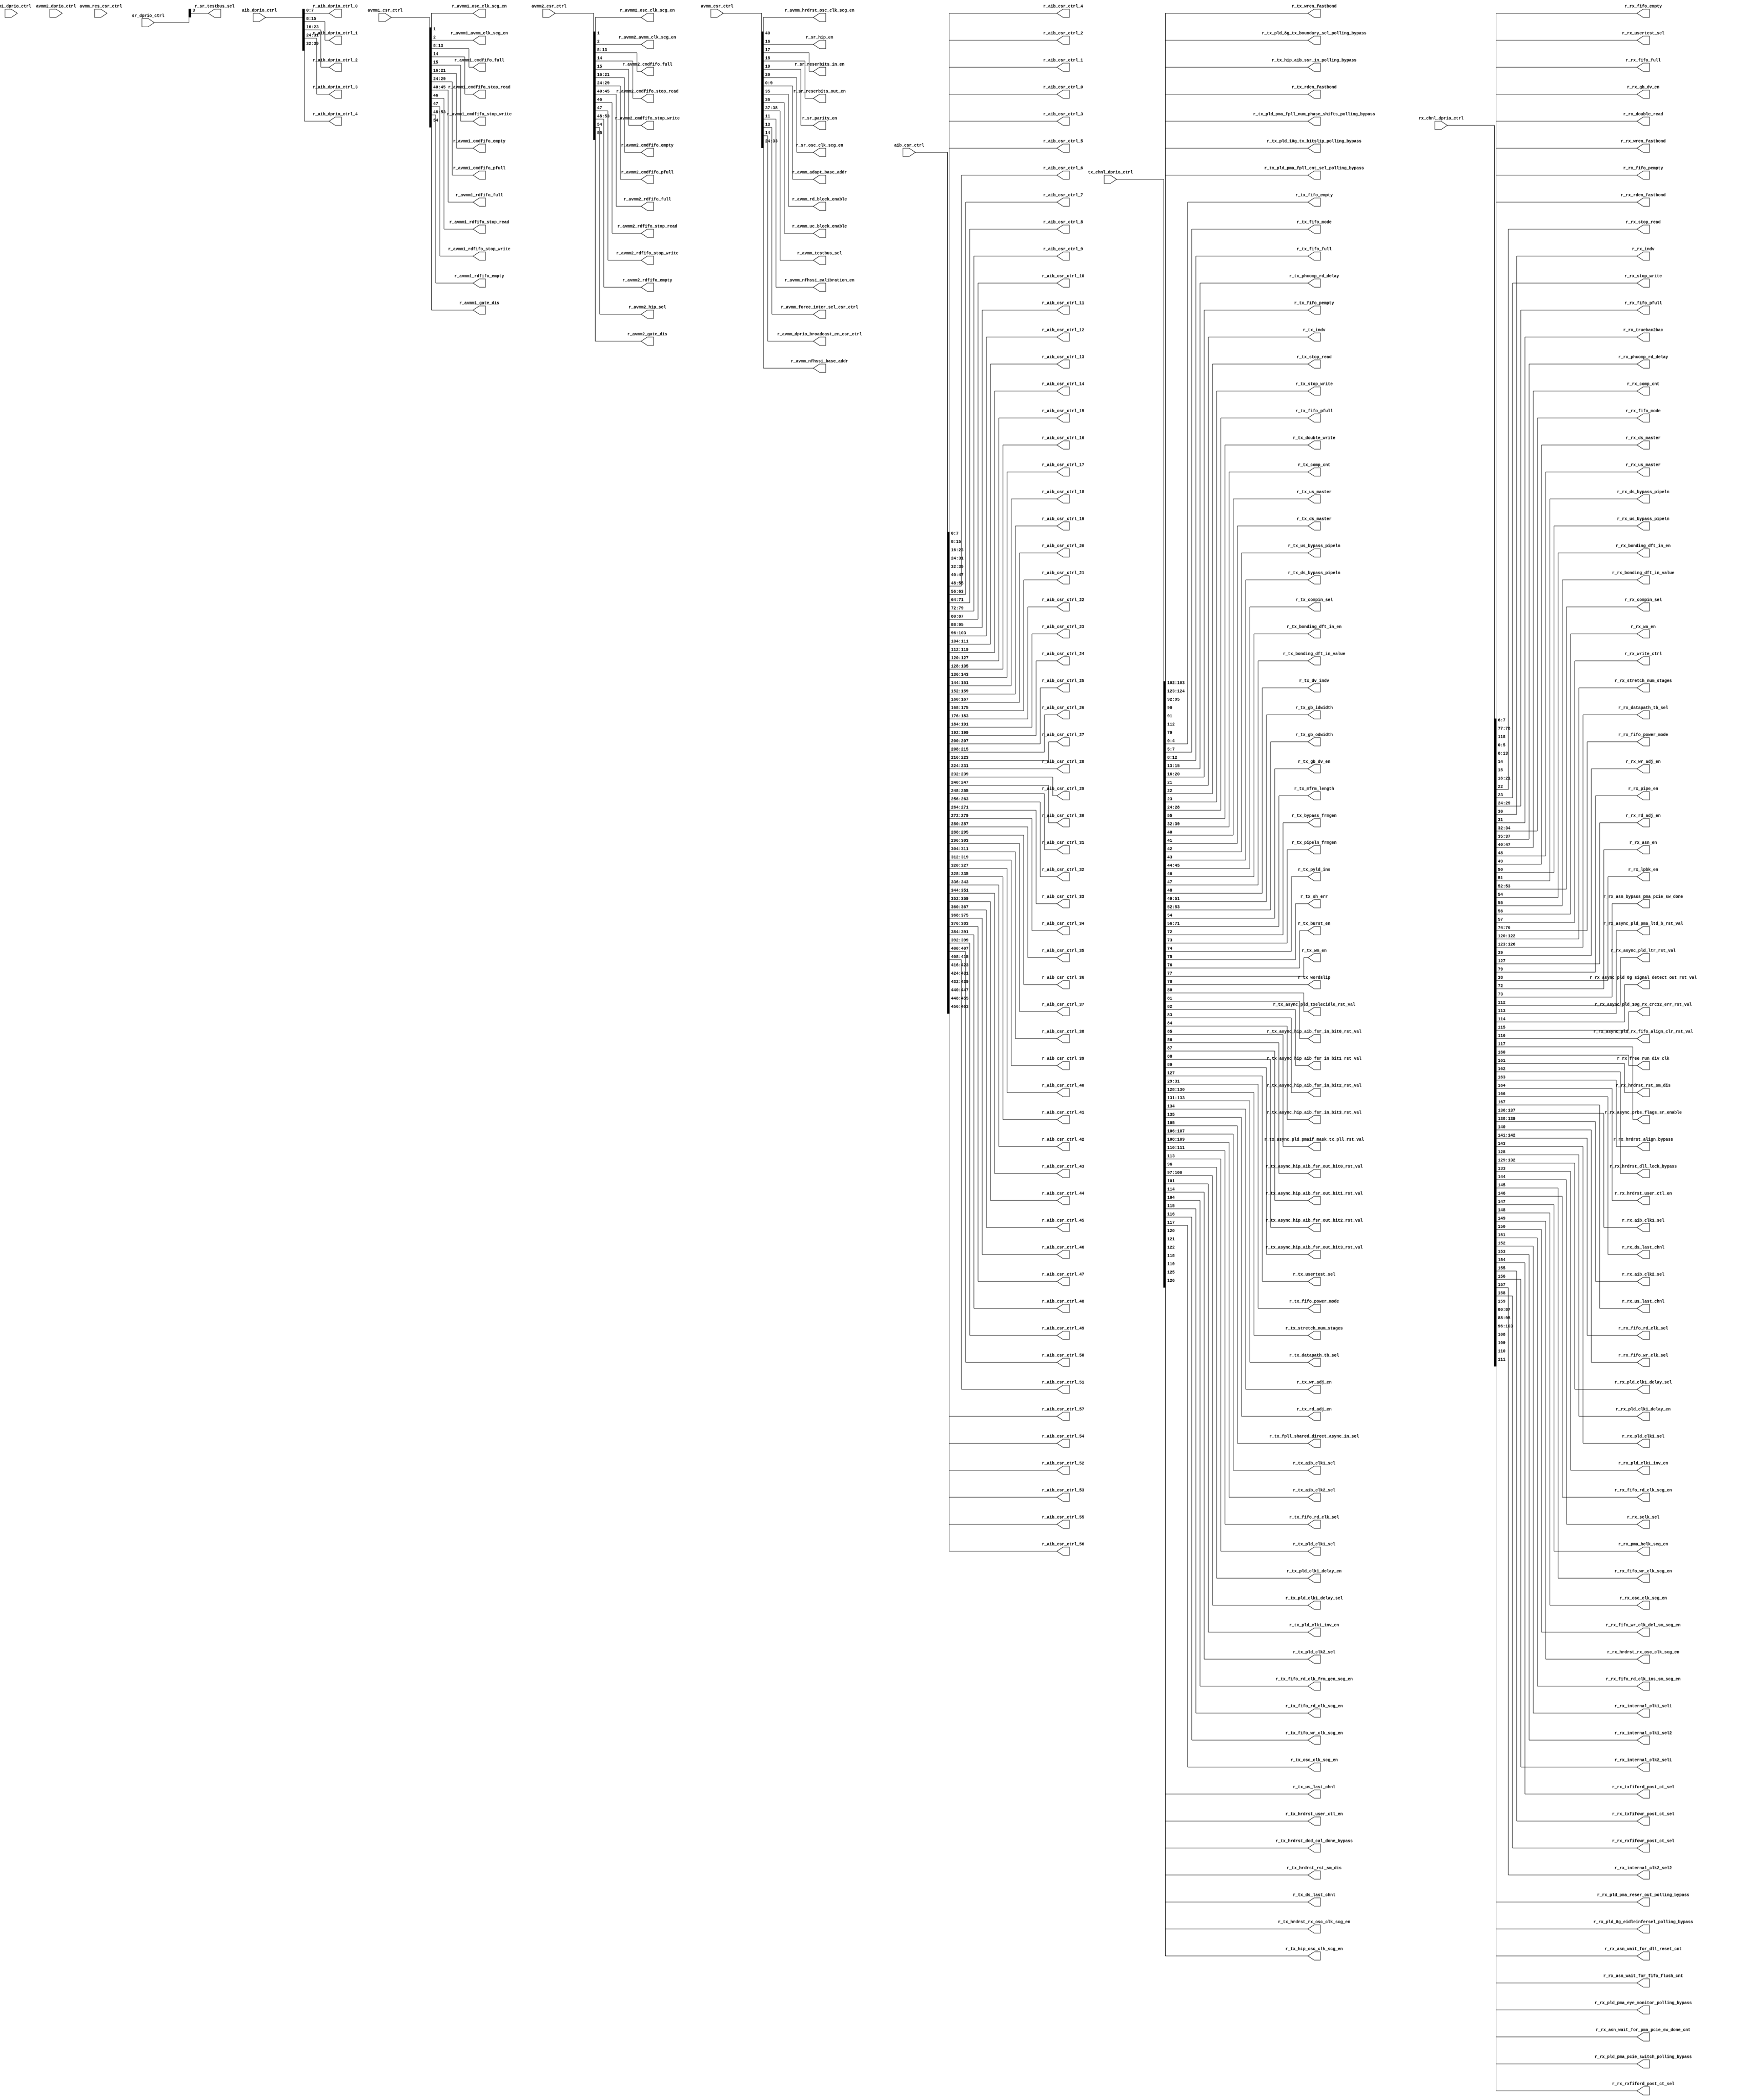
// SPDX-License-Identifier: Apache-2.0
// Copyright (C) 2019 Intel Corporation. 
module hdpldadapt_avmm1_dprio_mapping (
// IOCSR Only
input   wire    [55:0]  avmm_csr_ctrl, 
input   wire    [55:0]  avmm1_csr_ctrl,
input   wire    [55:0]  avmm2_csr_ctrl,
input   wire    [463:0] aib_csr_ctrl,
input   wire    [7:0]   avmm_res_csr_ctrl,

// DPRIO
input   wire    [135:0] tx_chnl_dprio_ctrl, 
input   wire    [167:0] rx_chnl_dprio_ctrl,
input   wire    [23:0]  sr_dprio_ctrl,    
input   wire    [7:0]   avmm1_dprio_ctrl, 
input   wire    [7:0]   avmm2_dprio_ctrl, 
input   wire    [39:0]  aib_dprio_ctrl,

// new ouputs for ECO8
    output  wire [1:0]  r_tx_wren_fastbond,
    output  wire [1:0]  r_tx_rden_fastbond,                                
    output  wire [1:0]  r_rx_wren_fastbond,
    output  wire [1:0]  r_rx_rden_fastbond,
                                       
output  wire    [3:0]   r_tx_hip_aib_ssr_in_polling_bypass,
output  wire            r_tx_pld_8g_tx_boundary_sel_polling_bypass,
output  wire            r_tx_pld_10g_tx_bitslip_polling_bypass,
output  wire            r_tx_pld_pma_fpll_cnt_sel_polling_bypass,
output  wire            r_tx_pld_pma_fpll_num_phase_shifts_polling_bypass,
output  wire [4:0]      r_tx_fifo_empty,
output  wire [2:0]      r_tx_fifo_mode,
output  wire [4:0]      r_tx_fifo_full,
output  wire [2:0]      r_tx_phcomp_rd_delay,
output  wire [4:0]      r_tx_fifo_pempty,
output  wire            r_tx_indv,
output  wire            r_tx_stop_read,
output  wire            r_tx_stop_write,
output  wire [4:0]      r_tx_fifo_pfull,
output  wire            r_tx_double_write,
//output  wire [1:0]      r_tx_chnl_datapath_fifo_3_res_6_2,
output  wire [7:0]      r_tx_comp_cnt,
output  wire            r_tx_us_master,
output  wire            r_tx_ds_master,
output  wire            r_tx_us_bypass_pipeln,
output  wire            r_tx_ds_bypass_pipeln,
output  wire [1:0]      r_tx_compin_sel,
output  wire            r_tx_bonding_dft_in_en,
output  wire            r_tx_bonding_dft_in_value,
output  wire            r_tx_dv_indv,
output  wire [2:0]      r_tx_gb_idwidth,
output  wire [1:0]      r_tx_gb_odwidth,
output  wire            r_tx_gb_dv_en,
//output  wire            r_tx_chnl_datapath_dv_en_0_res_7_1,
output  wire [15:0]     r_tx_mfrm_length,
output  wire            r_tx_bypass_frmgen,
output  wire            r_tx_pipeln_frmgen,
output  wire            r_tx_pyld_ins,
output  wire            r_tx_sh_err,
output  wire            r_tx_burst_en,
output  wire            r_tx_wm_en,
output  wire            r_tx_wordslip,
//output  wire            r_tx_chnl_datapath_frm_gen_async_res_7_1,
output  wire            r_tx_async_pld_txelecidle_rst_val,
output  wire            r_tx_async_hip_aib_fsr_in_bit0_rst_val,
output  wire            r_tx_async_hip_aib_fsr_in_bit1_rst_val,
output  wire            r_tx_async_hip_aib_fsr_in_bit2_rst_val,
output  wire            r_tx_async_hip_aib_fsr_in_bit3_rst_val,
output  wire            r_tx_async_pld_pmaif_mask_tx_pll_rst_val,
output  wire            r_tx_async_hip_aib_fsr_out_bit0_rst_val,
output  wire            r_tx_async_hip_aib_fsr_out_bit1_rst_val,
output  wire            r_tx_async_hip_aib_fsr_out_bit2_rst_val,
output  wire            r_tx_async_hip_aib_fsr_out_bit3_rst_val,
output  wire            r_tx_usertest_sel,
output  wire            r_rx_usertest_sel,
//output  wire [5:0]      r_tx_chnl_datapath_async_reserved_11_2,
//output  wire [7:0]      r_tx_chnl_datapath_async_3_clk0,
output  wire [2:0]	r_tx_fifo_power_mode,
output  wire [2:0]	r_tx_stretch_num_stages, 
output  wire [2:0]	r_tx_datapath_tb_sel, 
output  wire		r_tx_wr_adj_en, 
output  wire            r_tx_rd_adj_en, 
output  wire            r_tx_fpll_shared_direct_async_in_sel,
output  wire [1:0]      r_tx_aib_clk1_sel,
output  wire [1:0]      r_tx_aib_clk2_sel,
output  wire [1:0]      r_tx_fifo_rd_clk_sel,
//output  wire            r_tx_chnl_datapath_clk_1_res_0,
output  wire            r_tx_pld_clk1_sel,
output	wire		r_tx_pld_clk1_delay_en,
output	wire [3:0]	r_tx_pld_clk1_delay_sel,
output	wire		r_tx_pld_clk1_inv_en,
output  wire            r_tx_pld_clk2_sel,
output	wire		r_tx_fifo_rd_clk_frm_gen_scg_en,
output  wire            r_tx_fifo_rd_clk_scg_en,
output  wire            r_tx_fifo_wr_clk_scg_en,
output  wire            r_tx_osc_clk_scg_en,
//output  wire            r_tx_tx_osc_clk_scg_en,
output  wire            r_tx_hrdrst_rst_sm_dis,
output  wire            r_tx_hrdrst_dcd_cal_done_bypass,
output	wire		r_tx_hrdrst_user_ctl_en,
output  wire            r_tx_hrdrst_rx_osc_clk_scg_en,
output	wire		r_tx_hip_osc_clk_scg_en,
//output  wire [7:0]      r_tx_chnl_datapath_res_1,
//output  wire [7:0]      r_tx_chnl_datapath_res_2,
output  wire [5:0]      r_rx_fifo_empty,
//output  wire [1:0]      r_rx_chnl_datapath_fifo_0_res_6_2,
output  wire [5:0]      r_rx_fifo_full,
output  wire            r_rx_double_read,
output  wire            r_rx_gb_dv_en,
output  wire [5:0]      r_rx_fifo_pempty,
output  wire            r_rx_stop_read,
output  wire            r_rx_stop_write,
output  wire [5:0]      r_rx_fifo_pfull,
output  wire            r_rx_indv,
output  wire            r_rx_truebac2bac,
output  wire [2:0]      r_rx_fifo_mode,
output  wire [2:0]      r_rx_phcomp_rd_delay,
//output  wire [1:0]      r_rx_chnl_datapath_fifo_4_res_6_2,
output  wire [7:0]      r_rx_comp_cnt,
output  wire            r_rx_us_master,
output  wire            r_rx_ds_master,
output  wire            r_rx_us_bypass_pipeln,
output  wire            r_rx_ds_bypass_pipeln,
output  wire [1:0]      r_rx_compin_sel,
output  wire            r_rx_bonding_dft_in_en,
output  wire            r_rx_bonding_dft_in_value,
output  wire            r_rx_wa_en,
output  wire            r_rx_write_ctrl,
output  wire [2:0]	r_rx_fifo_power_mode,
output  wire [2:0]	r_rx_stretch_num_stages, 
output  wire [3:0]	r_rx_datapath_tb_sel, 
output  wire		r_rx_wr_adj_en, 
output  wire            r_rx_rd_adj_en, 
output  wire            r_rx_pipe_en,
output  wire            r_rx_lpbk_en,

//output  wire [6:0]      r_rx_chnl_datapath_wa_0_res_1_7,
//output  wire [7:0]      r_rx_chnl_datapath_wa_1_ins_0_asn_0,
//output  wire [7:0]      r_rx_chnl_datapath_asn_1,
//output  wire [7:0]      r_rx_chnl_datapath_asn_2,
//output  wire [7:0]      r_rx_chnl_datapath_asn_3,
//output  wire [7:0]      r_rx_chnl_datapath_asn_4,
//output  wire [7:0]      r_rx_chnl_datapath_asn_5_async_0,
output  wire            r_rx_asn_en,
output  wire            r_rx_asn_bypass_pma_pcie_sw_done,
//output  wire [1:0]      r_rx_asn_master_sel,
//output  wire            r_rx_asn_dist_master_sel,
//output  wire            r_rx_asn_bonding_dft_in_en,
//output  wire            r_rx_asn_bonding_dft_in_value,
output  wire            r_rx_async_pld_ltr_rst_val,
output  wire            r_rx_async_pld_pma_ltd_b_rst_val,
output  wire            r_rx_async_pld_8g_signal_detect_out_rst_val,
output  wire            r_rx_async_pld_10g_rx_crc32_err_rst_val,
output  wire            r_rx_async_pld_rx_fifo_align_clr_rst_val,
output  wire            r_rx_async_prbs_flags_sr_enable,
output	wire		r_rx_free_run_div_clk,
output  wire            r_rx_hrdrst_rst_sm_dis,
output  wire            r_rx_hrdrst_dll_lock_bypass,
output  wire            r_rx_hrdrst_align_bypass,
output	wire		r_rx_hrdrst_user_ctl_en,
//output	wire [1:0]	r_rx_hrdrst_master_sel,
output	wire		r_rx_ds_last_chnl,
output	wire		r_rx_us_last_chnl,
//output  wire [2:0]      r_rx_chnl_datapath_async_reserved_2_4,
//output  wire [7:0]      r_rx_chnl_datapath_async_2,
//output  wire [7:0]      r_rx_chnl_datapath_async_3_clk_0,
output  wire [1:0]      r_rx_aib_clk1_sel,
output  wire [1:0]      r_rx_aib_clk2_sel,
output  wire 		r_rx_fifo_wr_clk_sel,
output  wire [1:0]      r_rx_fifo_rd_clk_sel,
output  wire            r_rx_pld_clk1_sel,
output	wire		r_rx_pld_clk1_delay_en,
output	wire [3:0]	r_rx_pld_clk1_delay_sel,
output	wire		r_rx_pld_clk1_inv_en,
//output  wire            r_rx_pld_clk2_sel,
output  wire            r_rx_sclk_sel,
output  wire            r_rx_fifo_wr_clk_scg_en,
output  wire            r_rx_fifo_rd_clk_scg_en,
output  wire            r_rx_pma_hclk_scg_en,
output  wire            r_rx_osc_clk_scg_en,
output  wire            r_rx_hrdrst_rx_osc_clk_scg_en,
output	wire		r_rx_fifo_wr_clk_del_sm_scg_en,
output	wire		r_rx_fifo_rd_clk_ins_sm_scg_en,
//output	wire		r_rx_hrdrst_dist_master_sel,
output  wire            r_rx_internal_clk1_sel1,
output  wire            r_rx_internal_clk1_sel2,
output  wire            r_rx_txfiford_post_ct_sel,
output  wire            r_rx_txfifowr_post_ct_sel,
output  wire            r_rx_internal_clk2_sel1,
output  wire            r_rx_internal_clk2_sel2,
output  wire            r_rx_rxfifowr_post_ct_sel,
output  wire            r_rx_rxfiford_post_ct_sel,
//output  wire [1:0]      r_tx_hrdrst_master_sel,
//output  wire            r_tx_hrdrst_dist_master_sel,
output  wire            r_tx_ds_last_chnl,
output  wire            r_tx_us_last_chnl,
output  wire [7:0]      r_rx_asn_wait_for_fifo_flush_cnt,
output  wire [7:0]      r_rx_asn_wait_for_dll_reset_cnt,
output  wire [7:0]      r_rx_asn_wait_for_pma_pcie_sw_done_cnt,
output  wire            r_rx_pld_8g_eidleinfersel_polling_bypass,
output  wire            r_rx_pld_pma_eye_monitor_polling_bypass,
output  wire            r_rx_pld_pma_pcie_switch_polling_bypass,
output  wire            r_rx_pld_pma_reser_out_polling_bypass,
//output  wire            r_rx_coreclkin_sel,
output  wire            r_avmm_hrdrst_osc_clk_scg_en,
//output  wire [6:0]      r_rx_chnl_datapath_clk_2_res_1_7,
//output  wire [7:0]      r_rx_chnl_datapath_res_1,
output  wire            r_sr_hip_en,
output  wire            r_sr_reserbits_in_en,
output  wire            r_sr_reserbits_out_en,
output  wire            r_sr_testbus_sel,
output  wire            r_sr_parity_en,
//output  wire            r_sr_pld_txelecidle_rst_val,
//output  wire            r_sr_pld_ltr_rst_val,
//output  wire            r_sr_pld_pma_ltd_b_rst_val,
//output  wire            r_sr_hip_fsr_in_bit0_rst_val,
//output  wire            r_sr_hip_fsr_in_bit1_rst_val,
//output  wire            r_sr_hip_fsr_in_bit2_rst_val,
//output  wire            r_sr_hip_fsr_in_bit3_rst_val,
//output  wire            r_sr_pld_pmaif_mask_tx_pll_rst_val,
//output  wire            r_sr_pld_8g_signal_detect_out_rst_val,
//output  wire            r_sr_pld_10g_rx_crc32_err_rst_val,
//output  wire            r_sr_hip_fsr_out_bit0_rst_val,
//output  wire            r_sr_hip_fsr_out_bit1_rst_val,
//output  wire            r_sr_hip_fsr_out_bit2_rst_val,
//output  wire            r_sr_hip_fsr_out_bit3_rst_val,
//output  wire            r_sr_pld_rx_fifo_align_clr_rst_val,
output  wire            r_sr_osc_clk_scg_en,
//output  wire [5:0]      r_sr_clk_0_res_2_7,
//output  wire [7:0]      r_avmm1_arbiter_ctrl_0,
//output  wire [7:0]      r_avmm2_arbiter_ctrl_0,
output  wire [7:0]      r_aib_dprio_ctrl_0,
output  wire [7:0]      r_aib_dprio_ctrl_1,
output  wire [7:0]      r_aib_dprio_ctrl_2,
output  wire [7:0]      r_aib_dprio_ctrl_3,
output  wire [7:0]      r_aib_dprio_ctrl_4,
output  wire [9:0]      r_avmm_adapt_base_addr,
output  wire            r_avmm_rd_block_enable,
output  wire            r_avmm_uc_block_enable,
output  wire [1:0]      r_avmm_testbus_sel, 
//output  wire            r_avmm_general_reserved_1_2,
output  wire            r_avmm_nfhssi_calibration_en,
//output  wire            r_avmm_general_reserved_1_4,
output  wire            r_avmm_force_inter_sel_csr_ctrl,
output  wire            r_avmm_dprio_broadcast_en_csr_ctrl,
//output  wire            r_avmm_general_reserved_1_7,
output  wire [9:0]      r_avmm_nfhssi_base_addr,
//output  wire [6:0]      r_avmm_general_reserved_4_1,
//output  wire [7:0]      r_avmm_reset_0,
output  wire            r_avmm1_osc_clk_scg_en,
output  wire            r_avmm1_avmm_clk_scg_en,
//output  wire [3:0]      r_avmm1_clk_reserved_4_7,
output  wire [5:0]      r_avmm1_cmdfifo_full,
output  wire            r_avmm1_cmdfifo_stop_read,
output  wire            r_avmm1_cmdfifo_stop_write,
output  wire [5:0]      r_avmm1_cmdfifo_empty,
//output  wire [1:0]      r_avmm1_cmdfifo_1_res_6_7,
output  wire [5:0]      r_avmm1_cmdfifo_pfull,
//output  wire [1:0]      r_avmm1_cmdfifo_2_res_6_7,
//output  wire [7:0]      r_avmm1_cmdfifo_3_res_0_7,
output  wire [5:0]      r_avmm1_rdfifo_full,
output  wire            r_avmm1_rdfifo_stop_read,
output  wire            r_avmm1_rdfifo_stop_write,
output  wire [5:0]      r_avmm1_rdfifo_empty,
output  wire            r_avmm1_gate_dis,
//output  wire [1:0]      r_avmm1_rdfifo_1_res_6_7,
output  wire            r_avmm2_osc_clk_scg_en,
output  wire            r_avmm2_avmm_clk_scg_en,
//output  wire [3:0]      r_avmm2_clk_reserved_4_7,
output  wire [5:0]      r_avmm2_cmdfifo_full,
output  wire            r_avmm2_cmdfifo_stop_read,
output  wire            r_avmm2_cmdfifo_stop_write,
output  wire [5:0]      r_avmm2_cmdfifo_empty,
//output  wire [1:0]      r_avmm2_cmdfifo_1_res_6_7,
output  wire [5:0]      r_avmm2_cmdfifo_pfull,
//output  wire [1:0]      r_avmm2_cmdfifo_2_res_6_7,
//output  wire [7:0]      r_avmm2_cmdfifo_3_res_0_7,
output  wire [5:0]      r_avmm2_rdfifo_full,
output  wire            r_avmm2_rdfifo_stop_read,
output  wire            r_avmm2_rdfifo_stop_write,
output  wire [5:0]      r_avmm2_rdfifo_empty,
output  wire            r_avmm2_hip_sel,
output  wire            r_avmm2_gate_dis,
//output  wire            r_avmm2_rdfifo_1_res_6_7,
output  wire [7:0]      r_aib_csr_ctrl_0,
output  wire [7:0]      r_aib_csr_ctrl_1,
output  wire [7:0]      r_aib_csr_ctrl_2,
output  wire [7:0]      r_aib_csr_ctrl_3,
output  wire [7:0]      r_aib_csr_ctrl_4,
output  wire [7:0]      r_aib_csr_ctrl_5,
output  wire [7:0]      r_aib_csr_ctrl_6,
output  wire [7:0]      r_aib_csr_ctrl_7,
output  wire [7:0]      r_aib_csr_ctrl_8,
output  wire [7:0]      r_aib_csr_ctrl_9,
output  wire [7:0]      r_aib_csr_ctrl_10,
output  wire [7:0]      r_aib_csr_ctrl_11,
output  wire [7:0]      r_aib_csr_ctrl_12,
output  wire [7:0]      r_aib_csr_ctrl_13,
output  wire [7:0]      r_aib_csr_ctrl_14,
output  wire [7:0]      r_aib_csr_ctrl_15,
output  wire [7:0]      r_aib_csr_ctrl_16,
output  wire [7:0]      r_aib_csr_ctrl_17,
output  wire [7:0]      r_aib_csr_ctrl_18,
output  wire [7:0]      r_aib_csr_ctrl_19,
output  wire [7:0]      r_aib_csr_ctrl_20,
output  wire [7:0]      r_aib_csr_ctrl_21,
output  wire [7:0]      r_aib_csr_ctrl_22,
output  wire [7:0]      r_aib_csr_ctrl_23,
output  wire [7:0]      r_aib_csr_ctrl_24,
output  wire [7:0]      r_aib_csr_ctrl_25,
output  wire [7:0]      r_aib_csr_ctrl_26,
output  wire [7:0]      r_aib_csr_ctrl_27,
output  wire [7:0]      r_aib_csr_ctrl_28,
output  wire [7:0]      r_aib_csr_ctrl_29,
output  wire [7:0]      r_aib_csr_ctrl_30,
output  wire [7:0]      r_aib_csr_ctrl_31,
output  wire [7:0]      r_aib_csr_ctrl_32,
output  wire [7:0]      r_aib_csr_ctrl_33,
output  wire [7:0]      r_aib_csr_ctrl_34,
output  wire [7:0]      r_aib_csr_ctrl_35,
output  wire [7:0]      r_aib_csr_ctrl_36,
output  wire [7:0]      r_aib_csr_ctrl_37,
output  wire [7:0]      r_aib_csr_ctrl_38,
output  wire [7:0]      r_aib_csr_ctrl_39,
output  wire [7:0]      r_aib_csr_ctrl_40,
output  wire [7:0]      r_aib_csr_ctrl_41,
output  wire [7:0]      r_aib_csr_ctrl_42,
output  wire [7:0]      r_aib_csr_ctrl_43,
output  wire [7:0]      r_aib_csr_ctrl_44,
output  wire [7:0]      r_aib_csr_ctrl_45,
output  wire [7:0]      r_aib_csr_ctrl_46,
output  wire [7:0]      r_aib_csr_ctrl_47,
output  wire [7:0]      r_aib_csr_ctrl_48,
output  wire [7:0]      r_aib_csr_ctrl_49,
output  wire [7:0]      r_aib_csr_ctrl_50,
output  wire [7:0]      r_aib_csr_ctrl_51,
output  wire [7:0]      r_aib_csr_ctrl_52,
output  wire [7:0]      r_aib_csr_ctrl_53,
output  wire [7:0]      r_aib_csr_ctrl_54,
output  wire [7:0]      r_aib_csr_ctrl_55,
output  wire [7:0]      r_aib_csr_ctrl_56,
output  wire [7:0]      r_aib_csr_ctrl_57
);

// Unused DPRIO/CSR bits
//wire [1:0]      r_tx_chnl_datapath_fifo_3_res_6_2;
//wire            r_tx_chnl_datapath_dv_en_0_res_7_1;
//wire            r_tx_chnl_datapath_frm_gen_async_res_7_1;
//wire [1:0]      r_tx_chnl_datapath_async_reserved_11_2;
//wire [7:0]      r_tx_chnl_datapath_async_3_clk0_res;
//wire [1:0]	r_tx_chnl_datapath_clk_res_6_7;
//wire            r_tx_chnl_datapath_rst_0_res_7;
//wire [1:0]	r_tx_chnl_datapath_1_res_3_4;
//wire [7:0]      r_tx_chnl_datapath_res_2;
//wire [1:0]      r_rx_chnl_datapath_fifo_0_res_6_2;
//wire [1:0]      r_rx_chnl_datapath_fifo_4_res_6_2;
//wire            r_rx_chnl_datapath_fifo_4_res_7_1;
wire [7:0]      r_rx_chnl_datapath_wa_1_ins_0_asn_0_res;
//wire [1:0]      r_rx_chnl_datapath_asn_0_res_5_2;
wire [3:0]      r_rx_chnl_datapath_asn_5_async_0_res;
wire [5:0]      r_rx_chnl_datapath_wa_0_res_2_6;
wire [7:0]      r_rx_chnl_datapath_wa_1_ins_0_asn_0;
wire [7:0]      r_rx_chnl_datapath_asn_5_async_0;
wire [1:0]      r_rx_chnl_datapath_async_reserved_2_4;
//wire [7:0]      r_rx_chnl_datapath_async_3_clk_0_res;
wire [1:0]      r_rx_chnl_datapath_clk_res_6_7;
wire [6:0]      r_sr_clk_0_res_1_7;
wire            r_avmm_general_reserved_1_2;
wire            r_avmm_general_reserved_1_4;
wire            r_avmm_general_reserved_1_7;
wire            r_avmm_general_reserved_4_3;
wire            r_avmm_general_reserved_4_5;
wire [6:0]      r_avmm_rst_0_res_1_7;
wire [7:0]      r_avmm_rst_reserved_1;
wire            r_avmm1_clk_reserved_0;
wire [4:0]      r_avmm1_clk_reserved_3_7;
wire [1:0]      r_avmm1_cmdfifo_1_res_6_7;
wire [1:0]      r_avmm1_cmdfifo_2_res_6_7;
wire [7:0]      r_avmm1_cmdfifo_3_res_0_7;
wire            r_avmm1_rdfifo_1_res_6_7;
wire            r_avmm2_clk_reserved_0;
wire [4:0]      r_avmm2_clk_reserved_3_7;
wire [1:0]      r_avmm2_cmdfifo_1_res_6_7;
wire [1:0]      r_avmm2_cmdfifo_2_res_6_7;
wire [7:0]      r_avmm2_cmdfifo_3_res_0_7;
wire [4:0]      r_avmm_rst_0_res_3_7;
wire [2:0]      r_sr_res_0_1;
wire 		r_rx_chnl_datapath_1_res_5;
wire [7:0]      r_sr_res_1_0;
//wire            r_rx_async_res_0;
wire            r_rx_async_res_1;
// wire [1:0]	r_rx_chnl_datapath_fifo_0_res_6_2;
wire [7:0]	r_avmm1_res_0;
wire [7:0]	r_avmm2_res_0;
wire [2:0]	r_avmm_res_0;
wire [7:0]      r_avmm_res_csr_ctrl;

wire r_sr_reserved_0;
wire r_sr_reserved_1;
wire r_sr_reserved_2;
wire r_sr_reserved_4;
wire r_sr_reserved_5;


assign r_tx_fifo_empty[4:0]                          = tx_chnl_dprio_ctrl[4:0];
assign r_tx_fifo_mode[2:0]                           = tx_chnl_dprio_ctrl[7:5];
assign r_tx_fifo_full[4:0]                           = tx_chnl_dprio_ctrl[12:8];
assign r_tx_phcomp_rd_delay[2:0]                     = tx_chnl_dprio_ctrl[15:13];
assign r_tx_fifo_pempty[4:0]                         = tx_chnl_dprio_ctrl[20:16];
assign r_tx_indv                                     = tx_chnl_dprio_ctrl[21];
assign r_tx_stop_read                                = tx_chnl_dprio_ctrl[22];
assign r_tx_stop_write                               = tx_chnl_dprio_ctrl[23];
assign r_tx_fifo_pfull[4:0]                          = tx_chnl_dprio_ctrl[28:24];
//assign r_tx_double_write                             = tx_chnl_dprio_ctrl[29];
assign r_tx_fifo_power_mode[2:0]                     = tx_chnl_dprio_ctrl[31:29];
assign r_tx_comp_cnt[7:0]                            = tx_chnl_dprio_ctrl[39:32];
assign r_tx_us_master                                = tx_chnl_dprio_ctrl[40];
assign r_tx_ds_master                                = tx_chnl_dprio_ctrl[41];
assign r_tx_us_bypass_pipeln                         = tx_chnl_dprio_ctrl[42];
assign r_tx_ds_bypass_pipeln                         = tx_chnl_dprio_ctrl[43];
assign r_tx_compin_sel[1:0]                          = tx_chnl_dprio_ctrl[45:44];
assign r_tx_bonding_dft_in_en                        = tx_chnl_dprio_ctrl[46];
assign r_tx_bonding_dft_in_value                     = tx_chnl_dprio_ctrl[47];
assign r_tx_dv_indv                                  = tx_chnl_dprio_ctrl[48];
assign r_tx_gb_idwidth[2:0]                          = tx_chnl_dprio_ctrl[51:49];
assign r_tx_gb_odwidth[1:0]                          = tx_chnl_dprio_ctrl[53:52];
assign r_tx_gb_dv_en                                 = tx_chnl_dprio_ctrl[54];
assign r_tx_double_write		             = tx_chnl_dprio_ctrl[55];
assign r_tx_mfrm_length[7:0]                         = tx_chnl_dprio_ctrl[63:56];
assign r_tx_mfrm_length[15:8]                        = tx_chnl_dprio_ctrl[71:64];
assign r_tx_bypass_frmgen                            = tx_chnl_dprio_ctrl[72];
assign r_tx_pipeln_frmgen                            = tx_chnl_dprio_ctrl[73];
assign r_tx_pyld_ins                                 = tx_chnl_dprio_ctrl[74];
assign r_tx_sh_err                                   = tx_chnl_dprio_ctrl[75];
assign r_tx_burst_en                                 = tx_chnl_dprio_ctrl[76];
assign r_tx_wm_en                                    = tx_chnl_dprio_ctrl[77];
assign r_tx_wordslip                                 = tx_chnl_dprio_ctrl[78];
assign r_tx_pld_pma_fpll_num_phase_shifts_polling_bypass = tx_chnl_dprio_ctrl[79];
assign r_tx_async_pld_txelecidle_rst_val             = tx_chnl_dprio_ctrl[80];
assign r_tx_async_hip_aib_fsr_in_bit0_rst_val        = tx_chnl_dprio_ctrl[81];
assign r_tx_async_hip_aib_fsr_in_bit1_rst_val        = tx_chnl_dprio_ctrl[82];
assign r_tx_async_hip_aib_fsr_in_bit2_rst_val        = tx_chnl_dprio_ctrl[83];
assign r_tx_async_hip_aib_fsr_in_bit3_rst_val        = tx_chnl_dprio_ctrl[84];
assign r_tx_async_pld_pmaif_mask_tx_pll_rst_val      = tx_chnl_dprio_ctrl[85];
assign r_tx_async_hip_aib_fsr_out_bit0_rst_val       = tx_chnl_dprio_ctrl[86];
assign r_tx_async_hip_aib_fsr_out_bit1_rst_val       = tx_chnl_dprio_ctrl[87];
assign r_tx_async_hip_aib_fsr_out_bit2_rst_val       = tx_chnl_dprio_ctrl[88];
assign r_tx_async_hip_aib_fsr_out_bit3_rst_val       = tx_chnl_dprio_ctrl[89];
assign r_tx_pld_8g_tx_boundary_sel_polling_bypass    = tx_chnl_dprio_ctrl[90];
assign r_tx_pld_10g_tx_bitslip_polling_bypass        = tx_chnl_dprio_ctrl[91];
assign r_tx_hip_aib_ssr_in_polling_bypass[3:0]       = tx_chnl_dprio_ctrl[95:92];
assign r_tx_pld_clk1_delay_en			     = tx_chnl_dprio_ctrl[96];
assign r_tx_pld_clk1_delay_sel[3:0]		     = tx_chnl_dprio_ctrl[100:97];
assign r_tx_pld_clk1_inv_en                          = tx_chnl_dprio_ctrl[101];
//assign r_tx_chnl_datapath_clk_res_6_7[1:0]           = tx_chnl_dprio_ctrl[103:102];
   assign r_tx_wren_fastbond[1:0]           = tx_chnl_dprio_ctrl[103:102];
assign r_tx_fifo_rd_clk_frm_gen_scg_en        	     = tx_chnl_dprio_ctrl[104];
assign r_tx_fpll_shared_direct_async_in_sel          = tx_chnl_dprio_ctrl[105];
assign r_tx_aib_clk1_sel[1:0]                        = tx_chnl_dprio_ctrl[107:106];
assign r_tx_aib_clk2_sel[1:0]                        = tx_chnl_dprio_ctrl[109:108];
assign r_tx_fifo_rd_clk_sel[1:0]                     = tx_chnl_dprio_ctrl[111:110];
assign r_tx_pld_pma_fpll_cnt_sel_polling_bypass      = tx_chnl_dprio_ctrl[112];
assign r_tx_pld_clk1_sel                             = tx_chnl_dprio_ctrl[113];
assign r_tx_pld_clk2_sel                             = tx_chnl_dprio_ctrl[114];
assign r_tx_fifo_rd_clk_scg_en                       = tx_chnl_dprio_ctrl[115];
assign r_tx_fifo_wr_clk_scg_en                       = tx_chnl_dprio_ctrl[116];
assign r_tx_osc_clk_scg_en                           = tx_chnl_dprio_ctrl[117];
assign r_tx_hrdrst_rx_osc_clk_scg_en                 = tx_chnl_dprio_ctrl[118];
assign r_tx_hip_osc_clk_scg_en                    = tx_chnl_dprio_ctrl[119];
assign r_tx_hrdrst_rst_sm_dis                        = tx_chnl_dprio_ctrl[120];
assign r_tx_hrdrst_dcd_cal_done_bypass               = tx_chnl_dprio_ctrl[121];
assign r_tx_hrdrst_user_ctl_en			     = tx_chnl_dprio_ctrl[122];
//assign r_tx_chnl_datapath_1_res_3_4	             = tx_chnl_dprio_ctrl[124:123];
   assign r_tx_rden_fastbond[1:0]	             = tx_chnl_dprio_ctrl[124:123];
//assign r_tx_hrdrst_master_sel[1:0]                   = tx_chnl_dprio_ctrl[123:122];
//assign r_tx_hrdrst_dist_master_sel                   = tx_chnl_dprio_ctrl[124];
assign r_tx_ds_last_chnl                      = tx_chnl_dprio_ctrl[125];
assign r_tx_us_last_chnl                      = tx_chnl_dprio_ctrl[126];
assign r_tx_usertest_sel                      = tx_chnl_dprio_ctrl[127];
assign r_tx_stretch_num_stages[2:0]                  = tx_chnl_dprio_ctrl[130:128];
assign r_tx_datapath_tb_sel[2:0]                     = tx_chnl_dprio_ctrl[133:131];
assign r_tx_wr_adj_en                                = tx_chnl_dprio_ctrl[134];
assign r_tx_rd_adj_en                                = tx_chnl_dprio_ctrl[135];
assign r_rx_fifo_empty[5:0]                          = rx_chnl_dprio_ctrl[5:0];
//assign r_rx_chnl_datapath_fifo_0_res_6_2             = rx_chnl_dprio_ctrl[7:6];
   assign r_rx_wren_fastbond[1:0]             = rx_chnl_dprio_ctrl[7:6];
assign r_rx_fifo_full[5:0]                           = rx_chnl_dprio_ctrl[13:8];
assign r_rx_double_read                              = rx_chnl_dprio_ctrl[14];
assign r_rx_gb_dv_en                                 = rx_chnl_dprio_ctrl[15];
assign r_rx_fifo_pempty[5:0]                         = rx_chnl_dprio_ctrl[21:16];
assign r_rx_stop_read                                = rx_chnl_dprio_ctrl[22];
assign r_rx_stop_write                               = rx_chnl_dprio_ctrl[23];
assign r_rx_fifo_pfull[5:0]                          = rx_chnl_dprio_ctrl[29:24];
assign r_rx_indv                                     = rx_chnl_dprio_ctrl[30];
assign r_rx_truebac2bac                              = rx_chnl_dprio_ctrl[31];
assign r_rx_fifo_mode[2:0]                           = rx_chnl_dprio_ctrl[34:32];
assign r_rx_phcomp_rd_delay[2:0]                     = rx_chnl_dprio_ctrl[37:35];
assign r_rx_lpbk_en                                  = rx_chnl_dprio_ctrl[38];
assign r_rx_wr_adj_en             		     = rx_chnl_dprio_ctrl[39];
assign r_rx_comp_cnt[7:0]                            = rx_chnl_dprio_ctrl[47:40];
assign r_rx_us_master                                = rx_chnl_dprio_ctrl[48];
assign r_rx_ds_master                                = rx_chnl_dprio_ctrl[49];
assign r_rx_us_bypass_pipeln                         = rx_chnl_dprio_ctrl[50];
assign r_rx_ds_bypass_pipeln                         = rx_chnl_dprio_ctrl[51];
assign r_rx_compin_sel[1:0]                          = rx_chnl_dprio_ctrl[53:52];
assign r_rx_bonding_dft_in_en                        = rx_chnl_dprio_ctrl[54];
assign r_rx_bonding_dft_in_value                     = rx_chnl_dprio_ctrl[55];
assign r_rx_wa_en                                    = rx_chnl_dprio_ctrl[56];
assign r_rx_write_ctrl                               = rx_chnl_dprio_ctrl[57];
assign r_rx_chnl_datapath_wa_0_res_2_6[5:0]          = rx_chnl_dprio_ctrl[63:58];
assign r_rx_chnl_datapath_wa_1_ins_0_asn_0_res[7:0]  = rx_chnl_dprio_ctrl[71:64];
assign r_rx_asn_en                                   = rx_chnl_dprio_ctrl[72];
assign r_rx_asn_bypass_pma_pcie_sw_done              = rx_chnl_dprio_ctrl[73];
assign r_rx_fifo_power_mode			     = rx_chnl_dprio_ctrl[76:74];
//assign r_rx_asn_master_sel[1:0]                      = rx_chnl_dprio_ctrl[75:74];
//assign r_rx_asn_dist_master_sel                      = rx_chnl_dprio_ctrl[76];
//assign r_rx_chnl_datapath_asn_0_res_5_2[1:0]         = rx_chnl_dprio_ctrl[78:77];
   assign r_rx_rden_fastbond[1:0]        = rx_chnl_dprio_ctrl[78:77];
assign r_rx_pipe_en                                  = rx_chnl_dprio_ctrl[79];
assign r_rx_asn_wait_for_fifo_flush_cnt[7:0]         = rx_chnl_dprio_ctrl[87:80];
assign r_rx_asn_wait_for_dll_reset_cnt[7:0]          = rx_chnl_dprio_ctrl[95:88];
assign r_rx_asn_wait_for_pma_pcie_sw_done_cnt[7:0]   = rx_chnl_dprio_ctrl[103:96];
assign r_rx_chnl_datapath_asn_5_async_0_res[3:0]     = rx_chnl_dprio_ctrl[107:104];
assign r_rx_pld_8g_eidleinfersel_polling_bypass      = rx_chnl_dprio_ctrl[108];
assign r_rx_pld_pma_eye_monitor_polling_bypass       = rx_chnl_dprio_ctrl[109];
assign r_rx_pld_pma_pcie_switch_polling_bypass       = rx_chnl_dprio_ctrl[110];
assign r_rx_pld_pma_reser_out_polling_bypass      = rx_chnl_dprio_ctrl[111];
assign r_rx_async_pld_ltr_rst_val                    = rx_chnl_dprio_ctrl[112];
assign r_rx_async_pld_pma_ltd_b_rst_val              = rx_chnl_dprio_ctrl[113];
assign r_rx_async_pld_8g_signal_detect_out_rst_val   = rx_chnl_dprio_ctrl[114];
assign r_rx_async_pld_10g_rx_crc32_err_rst_val       = rx_chnl_dprio_ctrl[115];
assign r_rx_async_pld_rx_fifo_align_clr_rst_val      = rx_chnl_dprio_ctrl[116];
assign r_rx_async_prbs_flags_sr_enable               = rx_chnl_dprio_ctrl[117];
assign r_rx_usertest_sel                             = rx_chnl_dprio_ctrl[118];
assign r_rx_async_res_1                              = rx_chnl_dprio_ctrl[119];
assign r_rx_stretch_num_stages[2:0]                  = rx_chnl_dprio_ctrl[122:120];
assign r_rx_datapath_tb_sel[3:0]                     = rx_chnl_dprio_ctrl[126:123];
//assign r_rx_wr_adj_en                                = rx_chnl_dprio_ctrl[126];
assign r_rx_rd_adj_en                                = rx_chnl_dprio_ctrl[127];
assign r_rx_pld_clk1_delay_en			     = rx_chnl_dprio_ctrl[128];
assign r_rx_pld_clk1_delay_sel[3:0]		     = rx_chnl_dprio_ctrl[132:129];
assign r_rx_pld_clk1_inv_en                          = rx_chnl_dprio_ctrl[133];
assign r_rx_chnl_datapath_clk_res_6_7[1:0]           = rx_chnl_dprio_ctrl[135:134];
assign r_rx_aib_clk1_sel[1:0]                        = rx_chnl_dprio_ctrl[137:136];
assign r_rx_aib_clk2_sel[1:0]                        = rx_chnl_dprio_ctrl[139:138];
assign r_rx_fifo_wr_clk_sel                          = rx_chnl_dprio_ctrl[140];
assign r_rx_fifo_rd_clk_sel[1:0]                     = rx_chnl_dprio_ctrl[142:141];
assign r_rx_pld_clk1_sel                             = rx_chnl_dprio_ctrl[143];
assign r_rx_sclk_sel                                 = rx_chnl_dprio_ctrl[144];
assign r_rx_fifo_wr_clk_scg_en                       = rx_chnl_dprio_ctrl[145];
assign r_rx_fifo_rd_clk_scg_en                       = rx_chnl_dprio_ctrl[146];
assign r_rx_pma_hclk_scg_en                          = rx_chnl_dprio_ctrl[147];
assign r_rx_osc_clk_scg_en                           = rx_chnl_dprio_ctrl[148];
assign r_rx_hrdrst_rx_osc_clk_scg_en                 = rx_chnl_dprio_ctrl[149];
assign r_rx_fifo_wr_clk_del_sm_scg_en                = rx_chnl_dprio_ctrl[150];
assign r_rx_fifo_rd_clk_ins_sm_scg_en		     = rx_chnl_dprio_ctrl[151];
assign r_rx_internal_clk1_sel1                       = rx_chnl_dprio_ctrl[152];
assign r_rx_internal_clk1_sel2                       = rx_chnl_dprio_ctrl[153];
assign r_rx_txfiford_post_ct_sel                     = rx_chnl_dprio_ctrl[154];
assign r_rx_txfifowr_post_ct_sel                     = rx_chnl_dprio_ctrl[155];
assign r_rx_internal_clk2_sel1                       = rx_chnl_dprio_ctrl[156];
assign r_rx_internal_clk2_sel2                       = rx_chnl_dprio_ctrl[157];
assign r_rx_rxfifowr_post_ct_sel                     = rx_chnl_dprio_ctrl[158];
assign r_rx_rxfiford_post_ct_sel                     = rx_chnl_dprio_ctrl[159];
assign r_rx_free_run_div_clk                         = rx_chnl_dprio_ctrl[160];
assign r_rx_hrdrst_rst_sm_dis                        = rx_chnl_dprio_ctrl[161];
assign r_rx_hrdrst_dll_lock_bypass                   = rx_chnl_dprio_ctrl[162];
assign r_rx_hrdrst_align_bypass                      = rx_chnl_dprio_ctrl[163];
assign r_rx_hrdrst_user_ctl_en			     = rx_chnl_dprio_ctrl[164];
assign r_rx_chnl_datapath_1_res_5                    = rx_chnl_dprio_ctrl[165];
assign r_rx_ds_last_chnl                             = rx_chnl_dprio_ctrl[166];
assign r_rx_us_last_chnl                             = rx_chnl_dprio_ctrl[167];
//assign r_sr_hip_en                                   = sr_dprio_ctrl[0];
//assign r_sr_reserbits_in_en                          = sr_dprio_ctrl[1];
//assign r_sr_reserbits_out_en                         = sr_dprio_ctrl[2];
//assign r_sr_testbus_sel                              = sr_dprio_ctrl[3];
//assign r_sr_parity_en                                = sr_dprio_ctrl[4];
assign r_sr_reserved_0                               = sr_dprio_ctrl[0];
assign r_sr_reserved_1                               = sr_dprio_ctrl[1];
assign r_sr_reserved_2                               = sr_dprio_ctrl[2];
assign r_sr_testbus_sel                              = sr_dprio_ctrl[3];
assign r_sr_reserved_4                               = sr_dprio_ctrl[4];
assign r_sr_res_0_1[2:0]                             = sr_dprio_ctrl[7:5];
assign r_sr_res_1_0[7:0]                             = sr_dprio_ctrl[15:8];
//assign r_sr_osc_clk_scg_en                           = sr_dprio_ctrl[16];
assign r_sr_reserved_5                               = sr_dprio_ctrl[16];
assign r_sr_clk_0_res_1_7[6:0]                       = sr_dprio_ctrl[23:17];
assign r_avmm1_res_0[7:0]                   	     = avmm1_dprio_ctrl[7:0];
assign r_avmm2_res_0[7:0]                   	     = avmm2_dprio_ctrl[7:0];
assign r_aib_dprio_ctrl_0[7:0]                       = aib_dprio_ctrl[7:0];
assign r_aib_dprio_ctrl_1[7:0]                       = aib_dprio_ctrl[15:8];
assign r_aib_dprio_ctrl_2[7:0]                       = aib_dprio_ctrl[23:16];
assign r_aib_dprio_ctrl_3[7:0]                       = aib_dprio_ctrl[31:24];
assign r_aib_dprio_ctrl_4[7:0]                       = aib_dprio_ctrl[39:32];

assign r_avmm_adapt_base_addr[9:0]                        = avmm_csr_ctrl[9:0];
assign r_avmm_general_reserved_1_2                        = avmm_csr_ctrl[10];
assign r_avmm_nfhssi_calibration_en                       = avmm_csr_ctrl[11];
assign r_avmm_general_reserved_1_4                        = avmm_csr_ctrl[12];
assign r_avmm_force_inter_sel_csr_ctrl                    = avmm_csr_ctrl[13];
assign r_avmm_dprio_broadcast_en_csr_ctrl                 = avmm_csr_ctrl[14];
assign r_avmm_general_reserved_1_7                        = avmm_csr_ctrl[15];
//assign r_avmm_res_0[7:0]                                  = avmm_csr_ctrl[23:16];
assign r_sr_hip_en                                        = avmm_csr_ctrl[16];
assign r_sr_reserbits_in_en                               = avmm_csr_ctrl[17];
assign r_sr_reserbits_out_en                              = avmm_csr_ctrl[18];
assign r_sr_parity_en                                     = avmm_csr_ctrl[19];
assign r_sr_osc_clk_scg_en                                = avmm_csr_ctrl[20];
assign r_avmm_res_0[2:0]                                  = avmm_csr_ctrl[23:21];
assign r_avmm_nfhssi_base_addr[9:0]                       = avmm_csr_ctrl[33:24];
assign r_avmm_general_reserved_4_3                        = avmm_csr_ctrl[34];
assign r_avmm_rd_block_enable                             = avmm_csr_ctrl[35];
assign r_avmm_uc_block_enable                             = avmm_csr_ctrl[36];
assign r_avmm_testbus_sel[1:0]                            = avmm_csr_ctrl[38:37];
assign r_avmm_general_reserved_4_5                        = avmm_csr_ctrl[39];
assign r_avmm_hrdrst_osc_clk_scg_en                       = avmm_csr_ctrl[40];
assign r_avmm_rst_0_res_1_7[6:0]                          = avmm_csr_ctrl[47:41];
assign r_avmm_rst_reserved_1[7:0]                         = avmm_csr_ctrl[55:48];
assign r_avmm1_clk_reserved_0                             = avmm1_csr_ctrl[0];
assign r_avmm1_osc_clk_scg_en                             = avmm1_csr_ctrl[1];
assign r_avmm1_avmm_clk_scg_en                            = avmm1_csr_ctrl[2];
assign r_avmm1_clk_reserved_3_7[4:0]                      = avmm1_csr_ctrl[7:3];
assign r_avmm1_cmdfifo_full[5:0]                          = avmm1_csr_ctrl[13:8];
assign r_avmm1_cmdfifo_stop_read                          = avmm1_csr_ctrl[14];
assign r_avmm1_cmdfifo_stop_write                         = avmm1_csr_ctrl[15];
assign r_avmm1_cmdfifo_empty[5:0]                         = avmm1_csr_ctrl[21:16];
assign r_avmm1_cmdfifo_1_res_6_7[1:0]                     = avmm1_csr_ctrl[23:22];
assign r_avmm1_cmdfifo_pfull[5:0]                         = avmm1_csr_ctrl[29:24];
assign r_avmm1_cmdfifo_2_res_6_7[1:0]                     = avmm1_csr_ctrl[31:30];
assign r_avmm1_cmdfifo_3_res_0_7[7:0]                     = avmm1_csr_ctrl[39:32];
assign r_avmm1_rdfifo_full[5:0]                           = avmm1_csr_ctrl[45:40];
assign r_avmm1_rdfifo_stop_read                           = avmm1_csr_ctrl[46];
assign r_avmm1_rdfifo_stop_write                          = avmm1_csr_ctrl[47];
assign r_avmm1_rdfifo_empty[5:0]                          = avmm1_csr_ctrl[53:48];
assign r_avmm1_gate_dis                                   = avmm1_csr_ctrl[54];
assign r_avmm1_rdfifo_1_res_6_7                           = avmm1_csr_ctrl[55];
assign r_avmm2_clk_reserved_0                             = avmm2_csr_ctrl[0];
assign r_avmm2_osc_clk_scg_en                             = avmm2_csr_ctrl[1];
assign r_avmm2_avmm_clk_scg_en                            = avmm2_csr_ctrl[2];
assign r_avmm2_clk_reserved_3_7[4:0]                      = avmm2_csr_ctrl[7:3];
assign r_avmm2_cmdfifo_full[5:0]                          = avmm2_csr_ctrl[13:8];
assign r_avmm2_cmdfifo_stop_read                          = avmm2_csr_ctrl[14];
assign r_avmm2_cmdfifo_stop_write                         = avmm2_csr_ctrl[15];
assign r_avmm2_cmdfifo_empty[5:0]                         = avmm2_csr_ctrl[21:16];
assign r_avmm2_cmdfifo_1_res_6_7[1:0]                     = avmm2_csr_ctrl[23:22];
assign r_avmm2_cmdfifo_pfull[5:0]                         = avmm2_csr_ctrl[29:24];
assign r_avmm2_cmdfifo_2_res_6_7[1:0]                     = avmm2_csr_ctrl[31:30];
assign r_avmm2_cmdfifo_3_res_0_7[7:0]                     = avmm2_csr_ctrl[39:32];
assign r_avmm2_rdfifo_full[5:0]                           = avmm2_csr_ctrl[45:40];
assign r_avmm2_rdfifo_stop_read                           = avmm2_csr_ctrl[46];
assign r_avmm2_rdfifo_stop_write                          = avmm2_csr_ctrl[47];
assign r_avmm2_rdfifo_empty[5:0]                          = avmm2_csr_ctrl[53:48];
assign r_avmm2_hip_sel                                    = avmm2_csr_ctrl[54];
assign r_avmm2_gate_dis                                   = avmm2_csr_ctrl[55];
assign r_aib_csr_ctrl_0[7:0]                              = aib_csr_ctrl[7:0];
assign r_aib_csr_ctrl_1[7:0]                              = aib_csr_ctrl[15:8];
assign r_aib_csr_ctrl_2[7:0]                              = aib_csr_ctrl[23:16];
assign r_aib_csr_ctrl_3[7:0]                              = aib_csr_ctrl[31:24];
assign r_aib_csr_ctrl_4[7:0]                              = aib_csr_ctrl[39:32];
assign r_aib_csr_ctrl_5[7:0]                              = aib_csr_ctrl[47:40];
assign r_aib_csr_ctrl_6[7:0]                              = aib_csr_ctrl[55:48];
assign r_aib_csr_ctrl_7[7:0]                              = aib_csr_ctrl[63:56];
assign r_aib_csr_ctrl_8[7:0]                              = aib_csr_ctrl[71:64];
assign r_aib_csr_ctrl_9[7:0]                              = aib_csr_ctrl[79:72];
assign r_aib_csr_ctrl_10[7:0]                             = aib_csr_ctrl[87:80];
assign r_aib_csr_ctrl_11[7:0]                             = aib_csr_ctrl[95:88];
assign r_aib_csr_ctrl_12[7:0]                             = aib_csr_ctrl[103:96];
assign r_aib_csr_ctrl_13[7:0]                             = aib_csr_ctrl[111:104];
assign r_aib_csr_ctrl_14[7:0]                             = aib_csr_ctrl[119:112];
assign r_aib_csr_ctrl_15[7:0]                             = aib_csr_ctrl[127:120];
assign r_aib_csr_ctrl_16[7:0]                             = aib_csr_ctrl[135:128];
assign r_aib_csr_ctrl_17[7:0]                             = aib_csr_ctrl[143:136];
assign r_aib_csr_ctrl_18[7:0]                             = aib_csr_ctrl[151:144];
assign r_aib_csr_ctrl_19[7:0]                             = aib_csr_ctrl[159:152];
assign r_aib_csr_ctrl_20[7:0]                             = aib_csr_ctrl[167:160];
assign r_aib_csr_ctrl_21[7:0]                             = aib_csr_ctrl[175:168];
assign r_aib_csr_ctrl_22[7:0]                             = aib_csr_ctrl[183:176];
assign r_aib_csr_ctrl_23[7:0]                             = aib_csr_ctrl[191:184];
assign r_aib_csr_ctrl_24[7:0]                             = aib_csr_ctrl[199:192];
assign r_aib_csr_ctrl_25[7:0]                             = aib_csr_ctrl[207:200];
assign r_aib_csr_ctrl_26[7:0]                             = aib_csr_ctrl[215:208];
assign r_aib_csr_ctrl_27[7:0]                             = aib_csr_ctrl[223:216];
assign r_aib_csr_ctrl_28[7:0]                             = aib_csr_ctrl[231:224];
assign r_aib_csr_ctrl_29[7:0]                             = aib_csr_ctrl[239:232];
assign r_aib_csr_ctrl_30[7:0]                             = aib_csr_ctrl[247:240];
assign r_aib_csr_ctrl_31[7:0]                             = aib_csr_ctrl[255:248];
assign r_aib_csr_ctrl_32[7:0]                             = aib_csr_ctrl[263:256];
assign r_aib_csr_ctrl_33[7:0]                             = aib_csr_ctrl[271:264];
assign r_aib_csr_ctrl_34[7:0]                             = aib_csr_ctrl[279:272];
assign r_aib_csr_ctrl_35[7:0]                             = aib_csr_ctrl[287:280];
assign r_aib_csr_ctrl_36[7:0]                             = aib_csr_ctrl[295:288];
assign r_aib_csr_ctrl_37[7:0]                             = aib_csr_ctrl[303:296];
assign r_aib_csr_ctrl_38[7:0]                             = aib_csr_ctrl[311:304];
assign r_aib_csr_ctrl_39[7:0]                             = aib_csr_ctrl[319:312];
assign r_aib_csr_ctrl_40[7:0]                             = aib_csr_ctrl[327:320];
assign r_aib_csr_ctrl_41[7:0]                             = aib_csr_ctrl[335:328];
assign r_aib_csr_ctrl_42[7:0]                             = aib_csr_ctrl[343:336];
assign r_aib_csr_ctrl_43[7:0]                             = aib_csr_ctrl[351:344];
assign r_aib_csr_ctrl_44[7:0]                             = aib_csr_ctrl[359:352];
assign r_aib_csr_ctrl_45[7:0]                             = aib_csr_ctrl[367:360];
assign r_aib_csr_ctrl_46[7:0]                             = aib_csr_ctrl[375:368];
assign r_aib_csr_ctrl_47[7:0]                             = aib_csr_ctrl[383:376];
assign r_aib_csr_ctrl_48[7:0]                             = aib_csr_ctrl[391:384];
assign r_aib_csr_ctrl_49[7:0]                             = aib_csr_ctrl[399:392];
assign r_aib_csr_ctrl_50[7:0]                             = aib_csr_ctrl[407:400];
assign r_aib_csr_ctrl_51[7:0]                             = aib_csr_ctrl[415:408];
assign r_aib_csr_ctrl_52[7:0]                             = aib_csr_ctrl[423:416];
assign r_aib_csr_ctrl_53[7:0]                             = aib_csr_ctrl[431:424];
assign r_aib_csr_ctrl_54[7:0]                             = aib_csr_ctrl[439:432];
assign r_aib_csr_ctrl_55[7:0]                             = aib_csr_ctrl[447:440];
assign r_aib_csr_ctrl_56[7:0]                             = aib_csr_ctrl[455:448];
assign r_aib_csr_ctrl_57[7:0]                             = aib_csr_ctrl[463:456];
assign r_avmm_res_csr_ctrl[7:0]                           = avmm_res_csr_ctrl[7:0];
endmodule